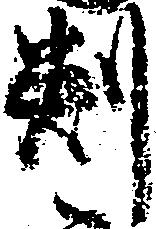
判